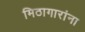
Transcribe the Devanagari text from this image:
मिठागारांना